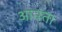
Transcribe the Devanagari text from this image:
आनंता